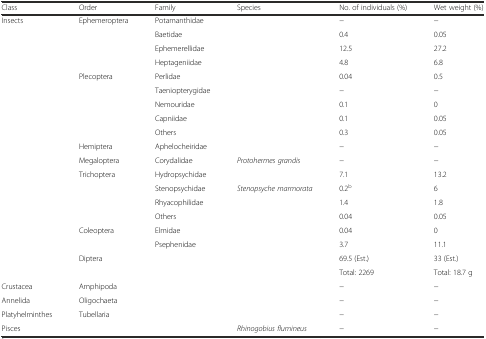
<table><thead><tr><td><b>Class</b></td><td><b>Order</b></td><td><b>Family</b></td><td><b>Species</b></td><td><b>No. of individuals (%)</b></td><td><b>Wet weight (%)</b></td></tr></thead><tbody><tr><td>Insects</td><td>Ephemeroptera</td><td>Potamanthidae</td><td></td><td>−</td><td>−</td></tr><tr><td></td><td></td><td>Baetidae</td><td></td><td>0.4</td><td>0.05</td></tr><tr><td></td><td></td><td>Ephemerellidae</td><td></td><td>12.5</td><td>27.2</td></tr><tr><td></td><td></td><td>Heptageniidae</td><td></td><td>4.8</td><td>6.8</td></tr><tr><td></td><td>Plecoptera</td><td>Perlidae</td><td></td><td>0.04</td><td>0.5</td></tr><tr><td></td><td></td><td>Taeniopterygidae</td><td></td><td>−</td><td>−</td></tr><tr><td></td><td></td><td>Nemouridae</td><td></td><td>0.1</td><td>0</td></tr><tr><td></td><td></td><td>Capniidae</td><td></td><td>0.1</td><td>0.05</td></tr><tr><td></td><td></td><td>Others</td><td></td><td>0.3</td><td>0.05</td></tr><tr><td></td><td>Hemiptera</td><td>Aphelocheiridae</td><td></td><td>−</td><td>−</td></tr><tr><td></td><td>Megaloptera</td><td>Corydalidae</td><td><i>Protohermes grandis</i></td><td>−</td><td>−</td></tr><tr><td></td><td>Trichoptera</td><td>Hydropsychidae</td><td></td><td>7.1</td><td>13.2</td></tr><tr><td></td><td></td><td>Stenopsychidae</td><td><i>Stenopsyche marmorata</i></td><td>0.2<sup>b</sup></td><td>6</td></tr><tr><td></td><td></td><td>Rhyacophilidae</td><td></td><td>1.4</td><td>1.8</td></tr><tr><td></td><td></td><td>Others</td><td></td><td>0.04</td><td>0.05</td></tr><tr><td></td><td>Coleoptera</td><td>Elmidae</td><td></td><td>0.04</td><td>0</td></tr><tr><td></td><td></td><td>Psephenidae</td><td></td><td>3.7</td><td>11.1</td></tr><tr><td></td><td>Diptera</td><td></td><td></td><td>69.5 (Est.)</td><td>33 (Est.)</td></tr><tr><td></td><td></td><td></td><td></td><td>Total: 2269</td><td>Total: 18.7 g</td></tr><tr><td>Crustacea</td><td>Amphipoda</td><td></td><td></td><td>−</td><td>−</td></tr><tr><td>Annelida</td><td>Oligochaeta</td><td></td><td></td><td>−</td><td>−</td></tr><tr><td>Platyhelminthes</td><td>Tubellaria</td><td></td><td></td><td>−</td><td>−</td></tr><tr><td>Pisces</td><td></td><td></td><td><i>Rhinogobius flumineus</i></td><td>−</td><td>−</td></tr></tbody></table>